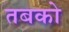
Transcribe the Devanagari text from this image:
तबको